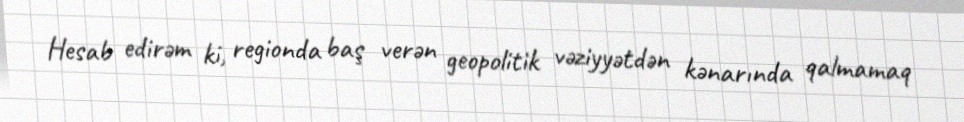
Hesab edirəm ki, regionda baş verən geopolitik vəziyyətdən kənarında qalmamaq